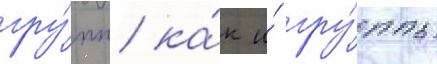
гру́пп ка́к и́ гру́ппы